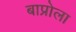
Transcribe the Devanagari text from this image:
बाप्रोला